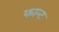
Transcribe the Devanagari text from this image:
फान्ट